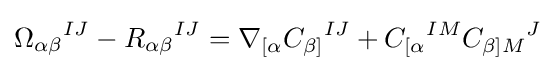
{\Omega _{\alpha \beta }}^{IJ}-{R_{\alpha \beta }}^{IJ}=\nabla _{[\alpha }{C_{\beta ]}}^{IJ}+{C_{[\alpha }}^{IM}{C_{\beta ]M}}^{J}